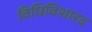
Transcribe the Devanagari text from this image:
विधिविशारद